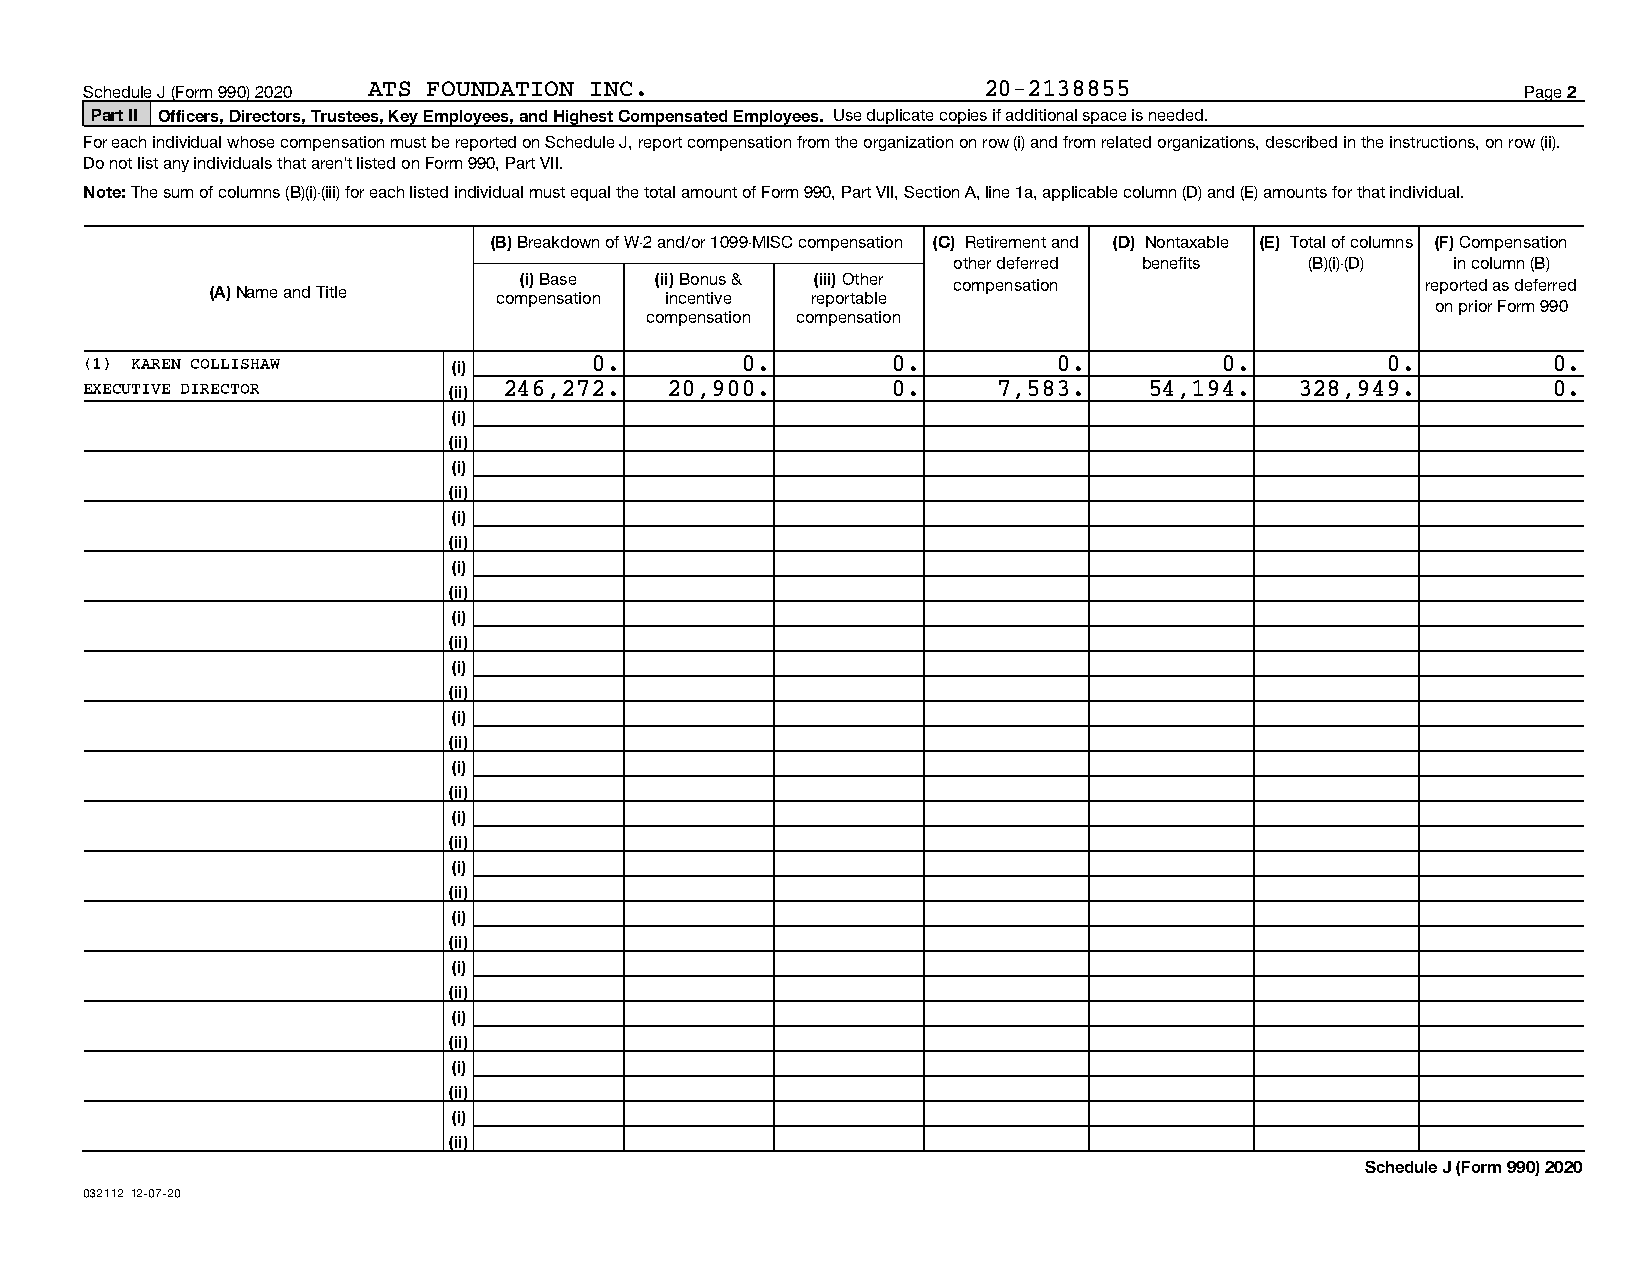
Schedule J (Form 990) 2020 ATS FOUNDATION INC.             20-2138855                          Page 2
 Part II Officers, Directors, Trustees, Key Employees, and Highest Compensated Employees. Use duplicate copies if additional space is needed.
 For each individual whose compensation must be reported on Schedule J, report compensation from the organization on row (i) and from related organizations, described in the instructions, on row (ii).
 Do not list any individuals that aren't listed on Form 990, Part VII.
 Note: The sum of columns (B)(i)-(iii) for each listed individual must equal the total amount of Form 990, Part VII, Section A, line 1a, applicable column (D) and (E) amounts for that individual.
 (B) Breakdown of W-2 and/or 1099-MISC compensation (C) Retirement and (D) Nontaxable (E) Total of columns (F) Compensation
 other deferred benefits (B)(i)-(D) in column (B)
 (i) Base (ii) Bonus & (iii) Other compensation              reported as deferred
 (A) Name and Title compensation incentive reportable
 on prior Form 990
 compensation compensation
 (1) KAREN COLLISHAW     (i)      0.        0.        0.         0.         0.         0.         0.
 EXECUTIVE DIRECTOR      (ii) 246,272. 20,900.        0.     7,583.    54,194.   328,949.         0.
 (i)
 (ii)
 (i)
 (ii)
 (i)
 (ii)
 (i)
 (ii)
 (i)
 (ii)
 (i)
 (ii)
 (i)
 (ii)
 (i)
 (ii)
 (i)
 (ii)
 (i)
 (ii)
 (i)
 (ii)
 (i)
 (ii)
 (i)
 (ii)
 (i)
 (ii)
 (i)
 (ii)
 Schedule J (Form 990) 2020
 032112 12-07-20